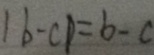
\vert b - c \vert = b - a